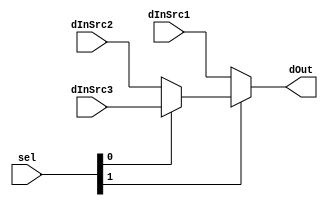

module DataForwardingMux(sel, dInSrc1, dInSrc2, dInSrc3, dOut);
	parameter BIT_WIDTH = 32;
	
	input [1 : 0] sel;
	input [BIT_WIDTH - 1 : 0] dInSrc1, dInSrc2, dInSrc3;
	output [BIT_WIDTH - 1 : 0] dOut;
   //if sel[1] is zero we don't need to dataforward at all
	assign dOut = (sel[1] == 0) ? dInSrc1 :
					  (sel[0] == 0) ? dInSrc2 :
											dInSrc3;
endmodule